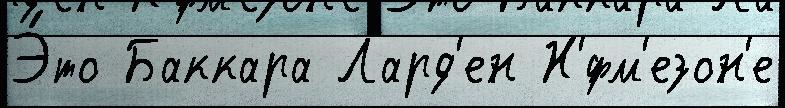
Э́то Баккара Лард'ен Н'́фм'езон'е